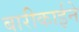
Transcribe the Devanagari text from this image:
बारीकाईने